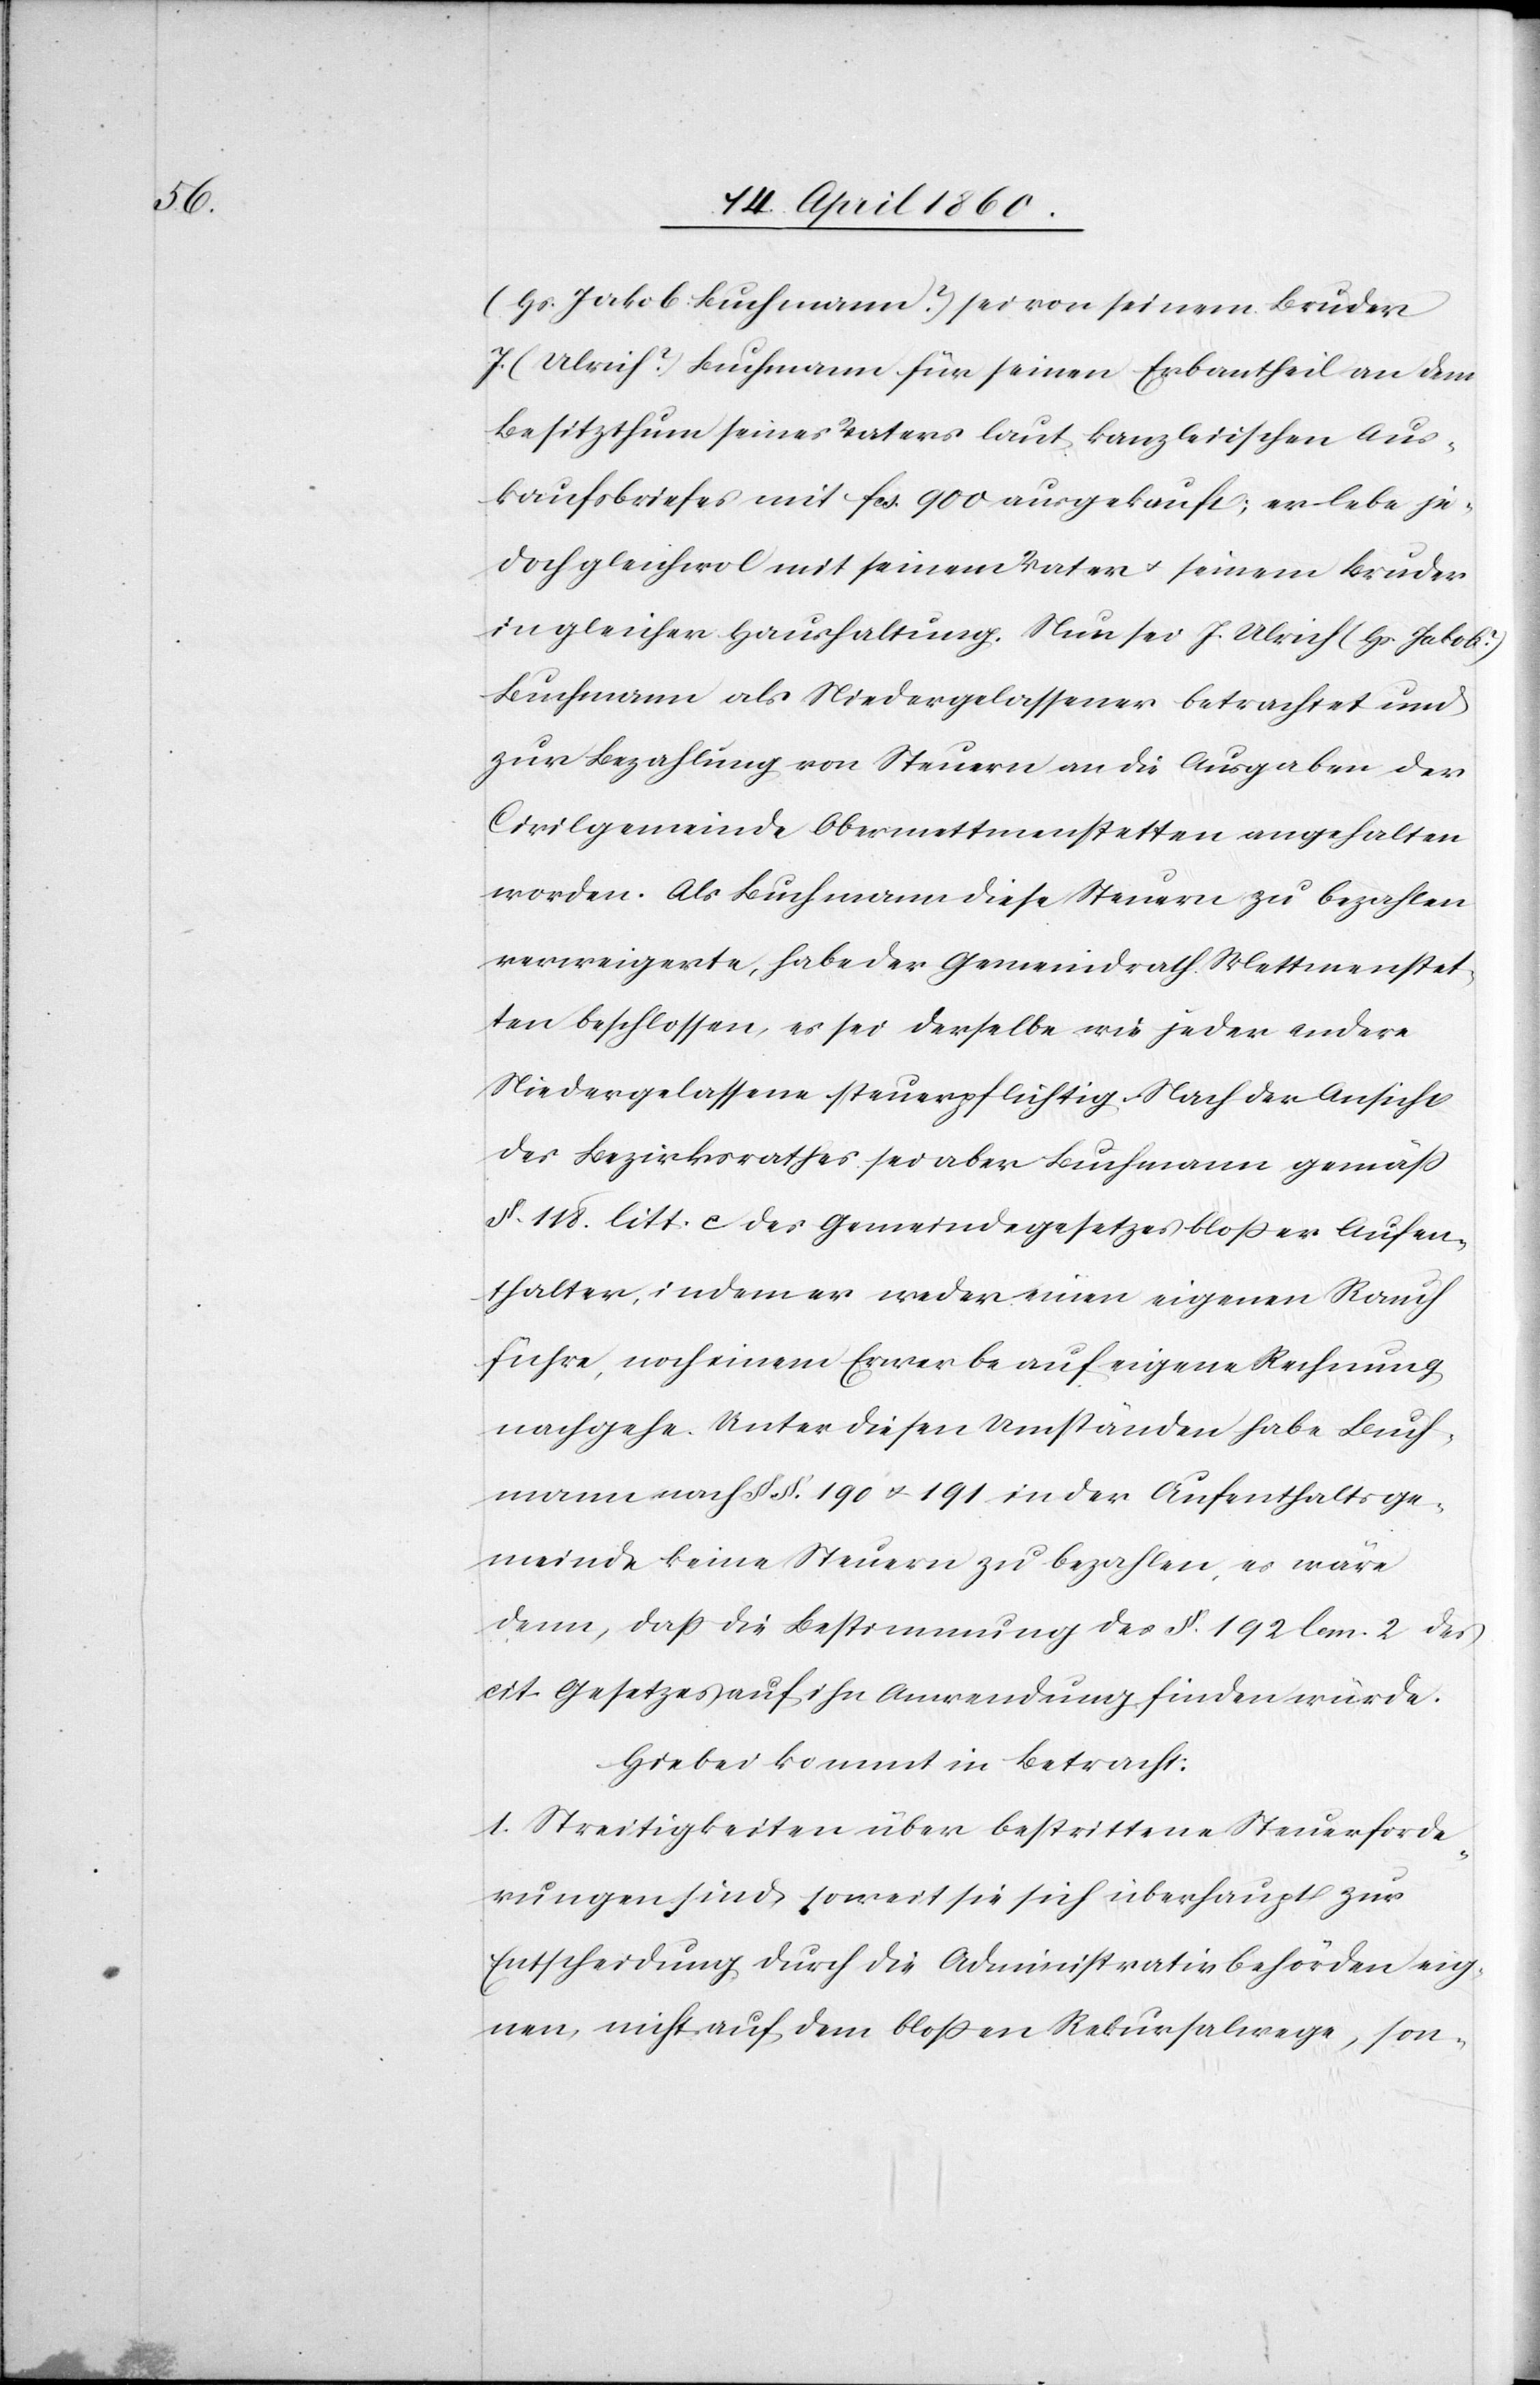
(Hs. Jakob Buchmann?) sei von seinem Bruder
J. (Ulrich?) Buchmann für seinen Erbantheil an dem
Besitzthum seines Vaters laut kanzleiischen Aus¬
kaufsbriefes mit fcs. 900 ausgekauft; er lebe je¬
doch gleichwol mit seinem Vater u. seinem Bruder
in gleicher Haushaltung. Nun sei J. Ulrich (Hs. Jakob?)
Buchmann als Niedergelassener betrachtet und
zur Bezahlung von Steuern an die Ausgaben der
Civilgemeinde Obermettmenstetten angehalten
worden. Als Buchmann diese Steuern zu bezahlen
verweigerte, habe der Gemeindrath Mettmenstet¬
ten beschlossen, es sei derselbe wie jeder andere
Niedergelassene steuerpflichtig. Nach der Ansicht
des Bezirksrathes sei aber Buchmann gemäss
§. 118. litt. c. des Gemeindegesetzes blosser Aufen¬
thalter, indem er weder einen eigenen Rauch
führe, noch einem Erwerbe auf eigene Rechnung
nachgehe. Unter diesen Umständen habe Buch¬
mann nach §§. 190 u. 191 in der Aufenthaltsge¬
meinde keine Steuern zu bezahlen, es wäre
denn, dass die Bestimmung des §. 192 lem. 2. des
cit. Gesetzes auf ihn Anwendung finden würde.
Hiebei kommt in Betracht:
1. Streitigkeiten über bestrittene Steuerforde¬
rungen sind soweit sie sich überhaupt zur
Entscheidung durch die Administrativbehörden eig¬
nen, nicht auf dem blossen Rekursalwege, son-